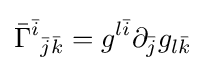
{\bar {\Gamma }}^{\bar {i}}{}_{{\bar {j}}{\bar {k}}}=g^{l{\bar {i}}}\partial _{\bar {j}}g_{l{\bar {k}}}